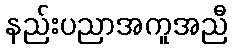
နည်းပညာအကူအညီ